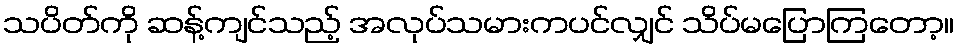
သပိတ်ကို ဆန့်ကျင်သည့် အလုပ်သမားကပင်လျှင် သိပ်မပြောကြတော့။